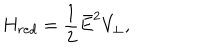
H _ { r e d } = \frac { 1 } { 2 } \bar { E } ^ { 2 } V _ { \perp } ,